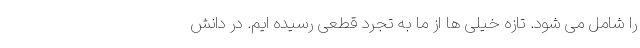
را شامل می شود. تازه خیلی ها از ما به تجرد قطعی رسیده ایم. در دانش